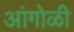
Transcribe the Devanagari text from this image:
आंगोळी